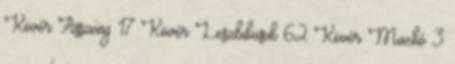
Kövér Asszony 17 Kövér Leszbikusok 62 Kövér Mackó 3